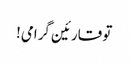
تو قارئین گرامی!